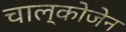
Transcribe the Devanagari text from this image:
चाल्कोजेन